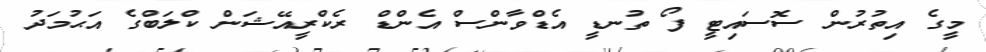
މީގެ އިތުރުން ސޮސައިޓީ ފޯ ތުނޑީ އެޑްވާންސް އެންޑް ރެކްރީއޭޝަން ކްލަބްގެ އަޙުމަދު